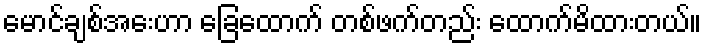
မောင်ချစ်အေးဟာ ခြေထောက် တစ်ဖက်တည်း ထောက်မိထားတယ်။